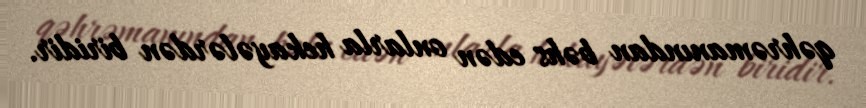
qəhrəmanından bəhs edən onlarla hekayələrdən biridir.